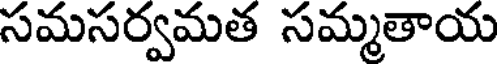
సమసర్వమత సమ్మతాయ